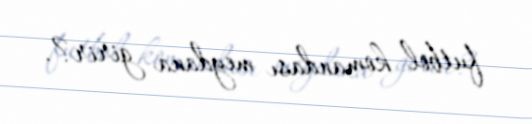
futbol komandası meydana girir?.